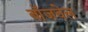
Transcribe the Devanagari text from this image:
बॉजवेल